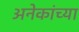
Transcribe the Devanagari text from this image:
अनेकांच्‍या